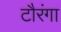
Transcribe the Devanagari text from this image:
टौरंगा